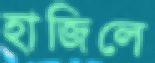
হাজিলে